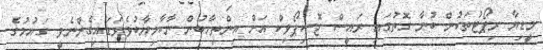
މީޑިޔާ ރިޕޯޓުތަކުން ބުނާ ގޮތުގައި ރައީސް ޖޮސިޕޯވިކް އަށް އިންތިހާބުން ނާކާމިޔާބުވެވަޑައިގެންނެވީ ގައުމުގެ